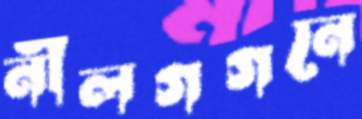
নীলগগনে